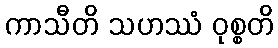
ကာသီတိ သဟဿံ ဝုစ္စတိ